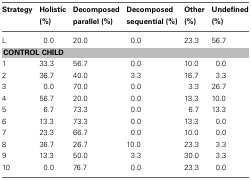
| Strategy | Holistic (%) | Decomposed parallel (%) | Decomposed sequential (%) | Other (%) | Undefined (%) |
 | --- | --- | --- | --- | --- | --- |
 | L | 0.0 | 20.0 | 0.0 | 23.3 | 56.7 |
 | <COLSPAN=6> CONTROL CHILD |
 | 1 | 33.3 | 56.7 | 0.0 | 10.0 | 0.0 |
 | 2 | 36.7 | 40.0 | 3.3 | 16.7 | 3.3 |
 | 3 | 0.0 | 70.0 | 0.0 | 3.3 | 26.7 |
 | 4 | 56.7 | 20.0 | 0.0 | 13.3 | 10.0 |
 | 5 | 6.7 | 73.3 | 0.0 | 6.7 | 13.3 |
 | 6 | 13.3 | 73.3 | 0.0 | 13.3 | 0.0 |
 | 7 | 23.3 | 66.7 | 0.0 | 10.0 | 0.0 |
 | 8 | 36.7 | 26.7 | 10.0 | 23.3 | 3.3 |
 | 9 | 13.3 | 50.0 | 3.3 | 30.0 | 3.3 |
 | 10 | 0.0 | 76.7 | 0.0 | 23.3 | 0.0 |